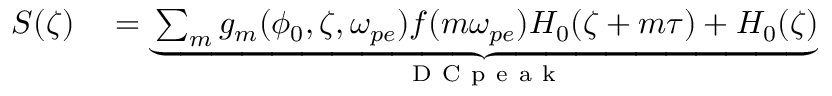
\begin{array} { r l } { S ( \zeta ) } & { { } = \underbrace { \sum _ { m } g _ { m } ( \phi _ { 0 } , \zeta , \omega _ { p e } ) f ( m \omega _ { p e } ) H _ { 0 } ( \zeta + m \tau ) + H _ { 0 } ( \zeta ) } _ { \mathrm { ~ D ~ C ~ p ~ e ~ a ~ k ~ } } } \end{array}